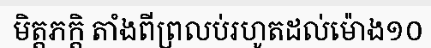
មិត្តភក្តិ តាំងពីព្រលប់រហូតដល់ម៉ោង១០